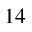
^ { 1 4 }